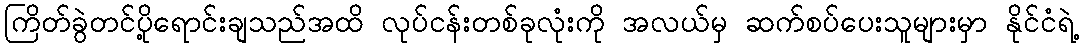
ကြိတ်ခွဲတင်ပို့ရောင်းချသည်အထိ လုပ်ငန်းတစ်ခုလုံးကို အလယ်မှ ဆက်စပ်ပေးသူများမှာ နိုင်ငံရဲ့